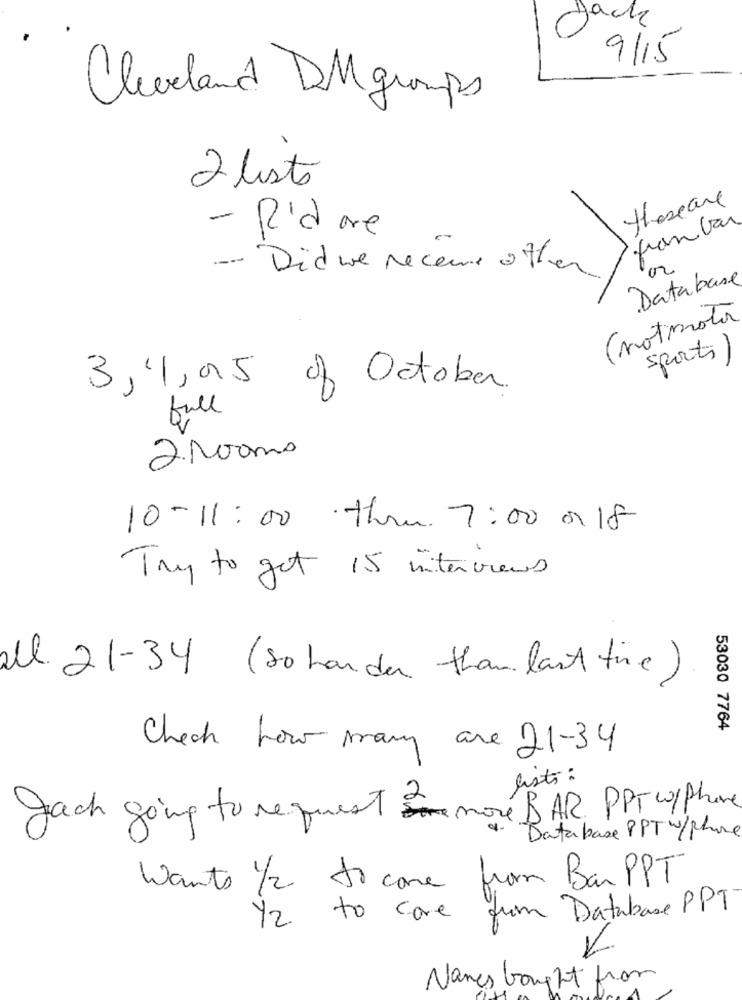
Jack
9/15
Cleveland DM groups
2 listo
theseare
franbar
- R'd are
- Did we receive other
Database
(notmotor
sports
3,11,05 of October
fall
2 rooms
10-11:00 theu. 7:00 or 18
Try to get 15 interviews
all 21-34 (so harder thanlast time)
53030 7764
Check how many are 21-34
lists :
Jach going to request more BAR PPT w/ Phone
Database PPT w/ phone
Wants 1/2 to come from Ban PPT
Y2 to care from Database PPT
Names bought from